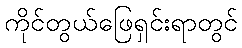
ကိုင်တွယ်ဖြေရှင်းရာတွင်